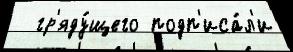
  гр'яду́щего подп'иса́л'и